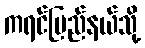
ကရင်ပြည်နယ်သို့